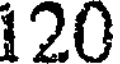
120